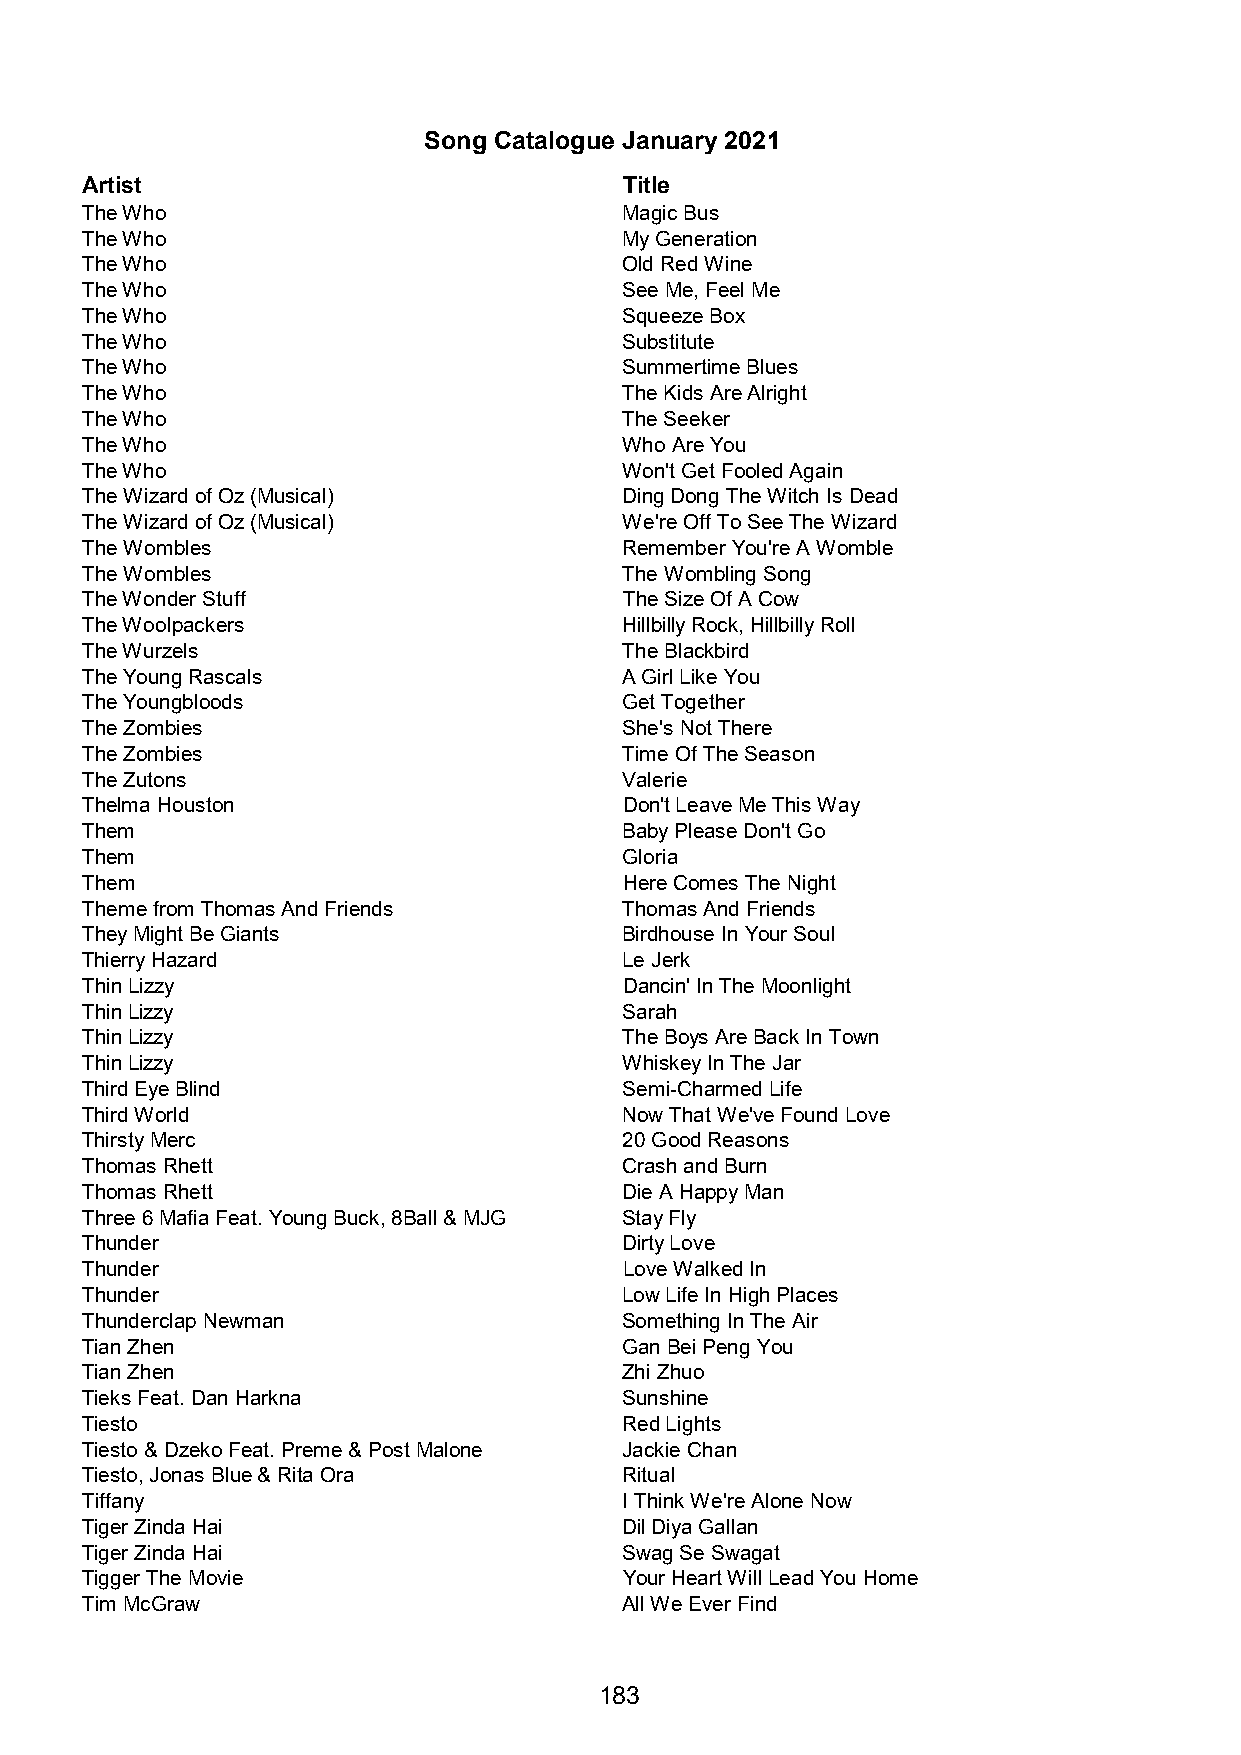
Song Catalogue January 2021
 Artist                              Title
 The Who                             Magic Bus
 The Who                             My Generation
 The Who                             Old Red Wine
 The Who                             See Me, Feel Me
 The Who                             Squeeze Box
 The Who                             Substitute
 The Who                             Summertime Blues
 The Who                             The Kids Are Alright
 The Who                             The Seeker
 The Who                             Who Are You
 The Who                             Won't Get Fooled Again
 The Wizard of Oz (Musical)          Ding Dong The Witch Is Dead
 The Wizard of Oz (Musical)          We're Off To See The Wizard
 The Wombles                         Remember You're A Womble
 The Wombles                         The Wombling Song
 The Wonder Stuff                    The Size Of A Cow
 The Woolpackers                     Hillbilly Rock, Hillbilly Roll
 The Wurzels                         The Blackbird
 The Young Rascals                   A Girl Like You
 The Youngbloods                     Get Together
 The Zombies                         She's Not There
 The Zombies                         Time Of The Season
 The Zutons                          Valerie
 Thelma Houston                      Don't Leave Me This Way
 Them                                Baby Please Don't Go
 Them                                Gloria
 Them                                Here Comes The Night
 Theme from Thomas And Friends       Thomas And Friends
 They Might Be Giants                Birdhouse In Your Soul
 Thierry Hazard                      Le Jerk
 Thin Lizzy                          Dancin' In The Moonlight
 Thin Lizzy                          Sarah
 Thin Lizzy                          The Boys Are Back In Town
 Thin Lizzy                          Whiskey In The Jar
 Third Eye Blind                     Semi-Charmed Life
 Third World                         Now That We've Found Love
 Thirsty Merc                        20 Good Reasons
 Thomas Rhett                        Crash and Burn
 Thomas Rhett                        Die A Happy Man
 Three 6 Mafia Feat. Young Buck, 8Ball & MJG Stay Fly
 Thunder                             Dirty Love
 Thunder                             Love Walked In
 Thunder                             Low Life In High Places
 Thunderclap Newman                  Something In The Air
 Tian Zhen                           Gan Bei Peng You
 Tian Zhen                           Zhi Zhuo
 Tieks Feat. Dan Harkna              Sunshine
 Tiesto                              Red Lights
 Tiesto & Dzeko Feat. Preme & Post Malone Jackie Chan
 Tiesto, Jonas Blue & Rita Ora       Ritual
 Tiffany                             I Think We're Alone Now
 Tiger Zinda Hai                     Dil Diya Gallan
 Tiger Zinda Hai                     Swag Se Swagat
 Tigger The Movie                    Your Heart Will Lead You Home
 Tim McGraw                          All We Ever Find
 183